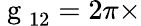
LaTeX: \mathrm{~g~}_{12}=2\pi\times